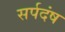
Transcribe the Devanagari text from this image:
सर्पदंष